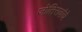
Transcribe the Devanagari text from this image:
जोतिरावांचे